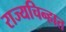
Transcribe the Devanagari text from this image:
राज्यचिन्हात